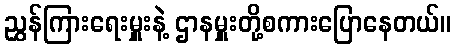
ညွှန်ကြားရေးမှူးနဲ့ ဌာနမှူးတို့စကားပြောနေတယ်။